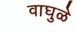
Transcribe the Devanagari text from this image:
वाघुळे